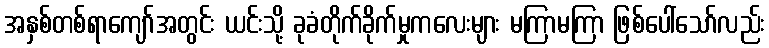
အနှစ်တစ်ရာကျော်အတွင်း ယင်းသို့ ခုခံတိုက်ခိုက်မှုကလေးများ မကြာမကြာ ဖြစ်ပေါ်သော်လည်း